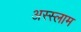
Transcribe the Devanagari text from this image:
अस्‍स्‍लाम